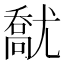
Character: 𡰘